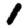
Digit: 1